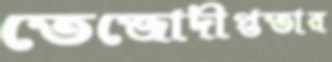
তেজোদীপ্ততার